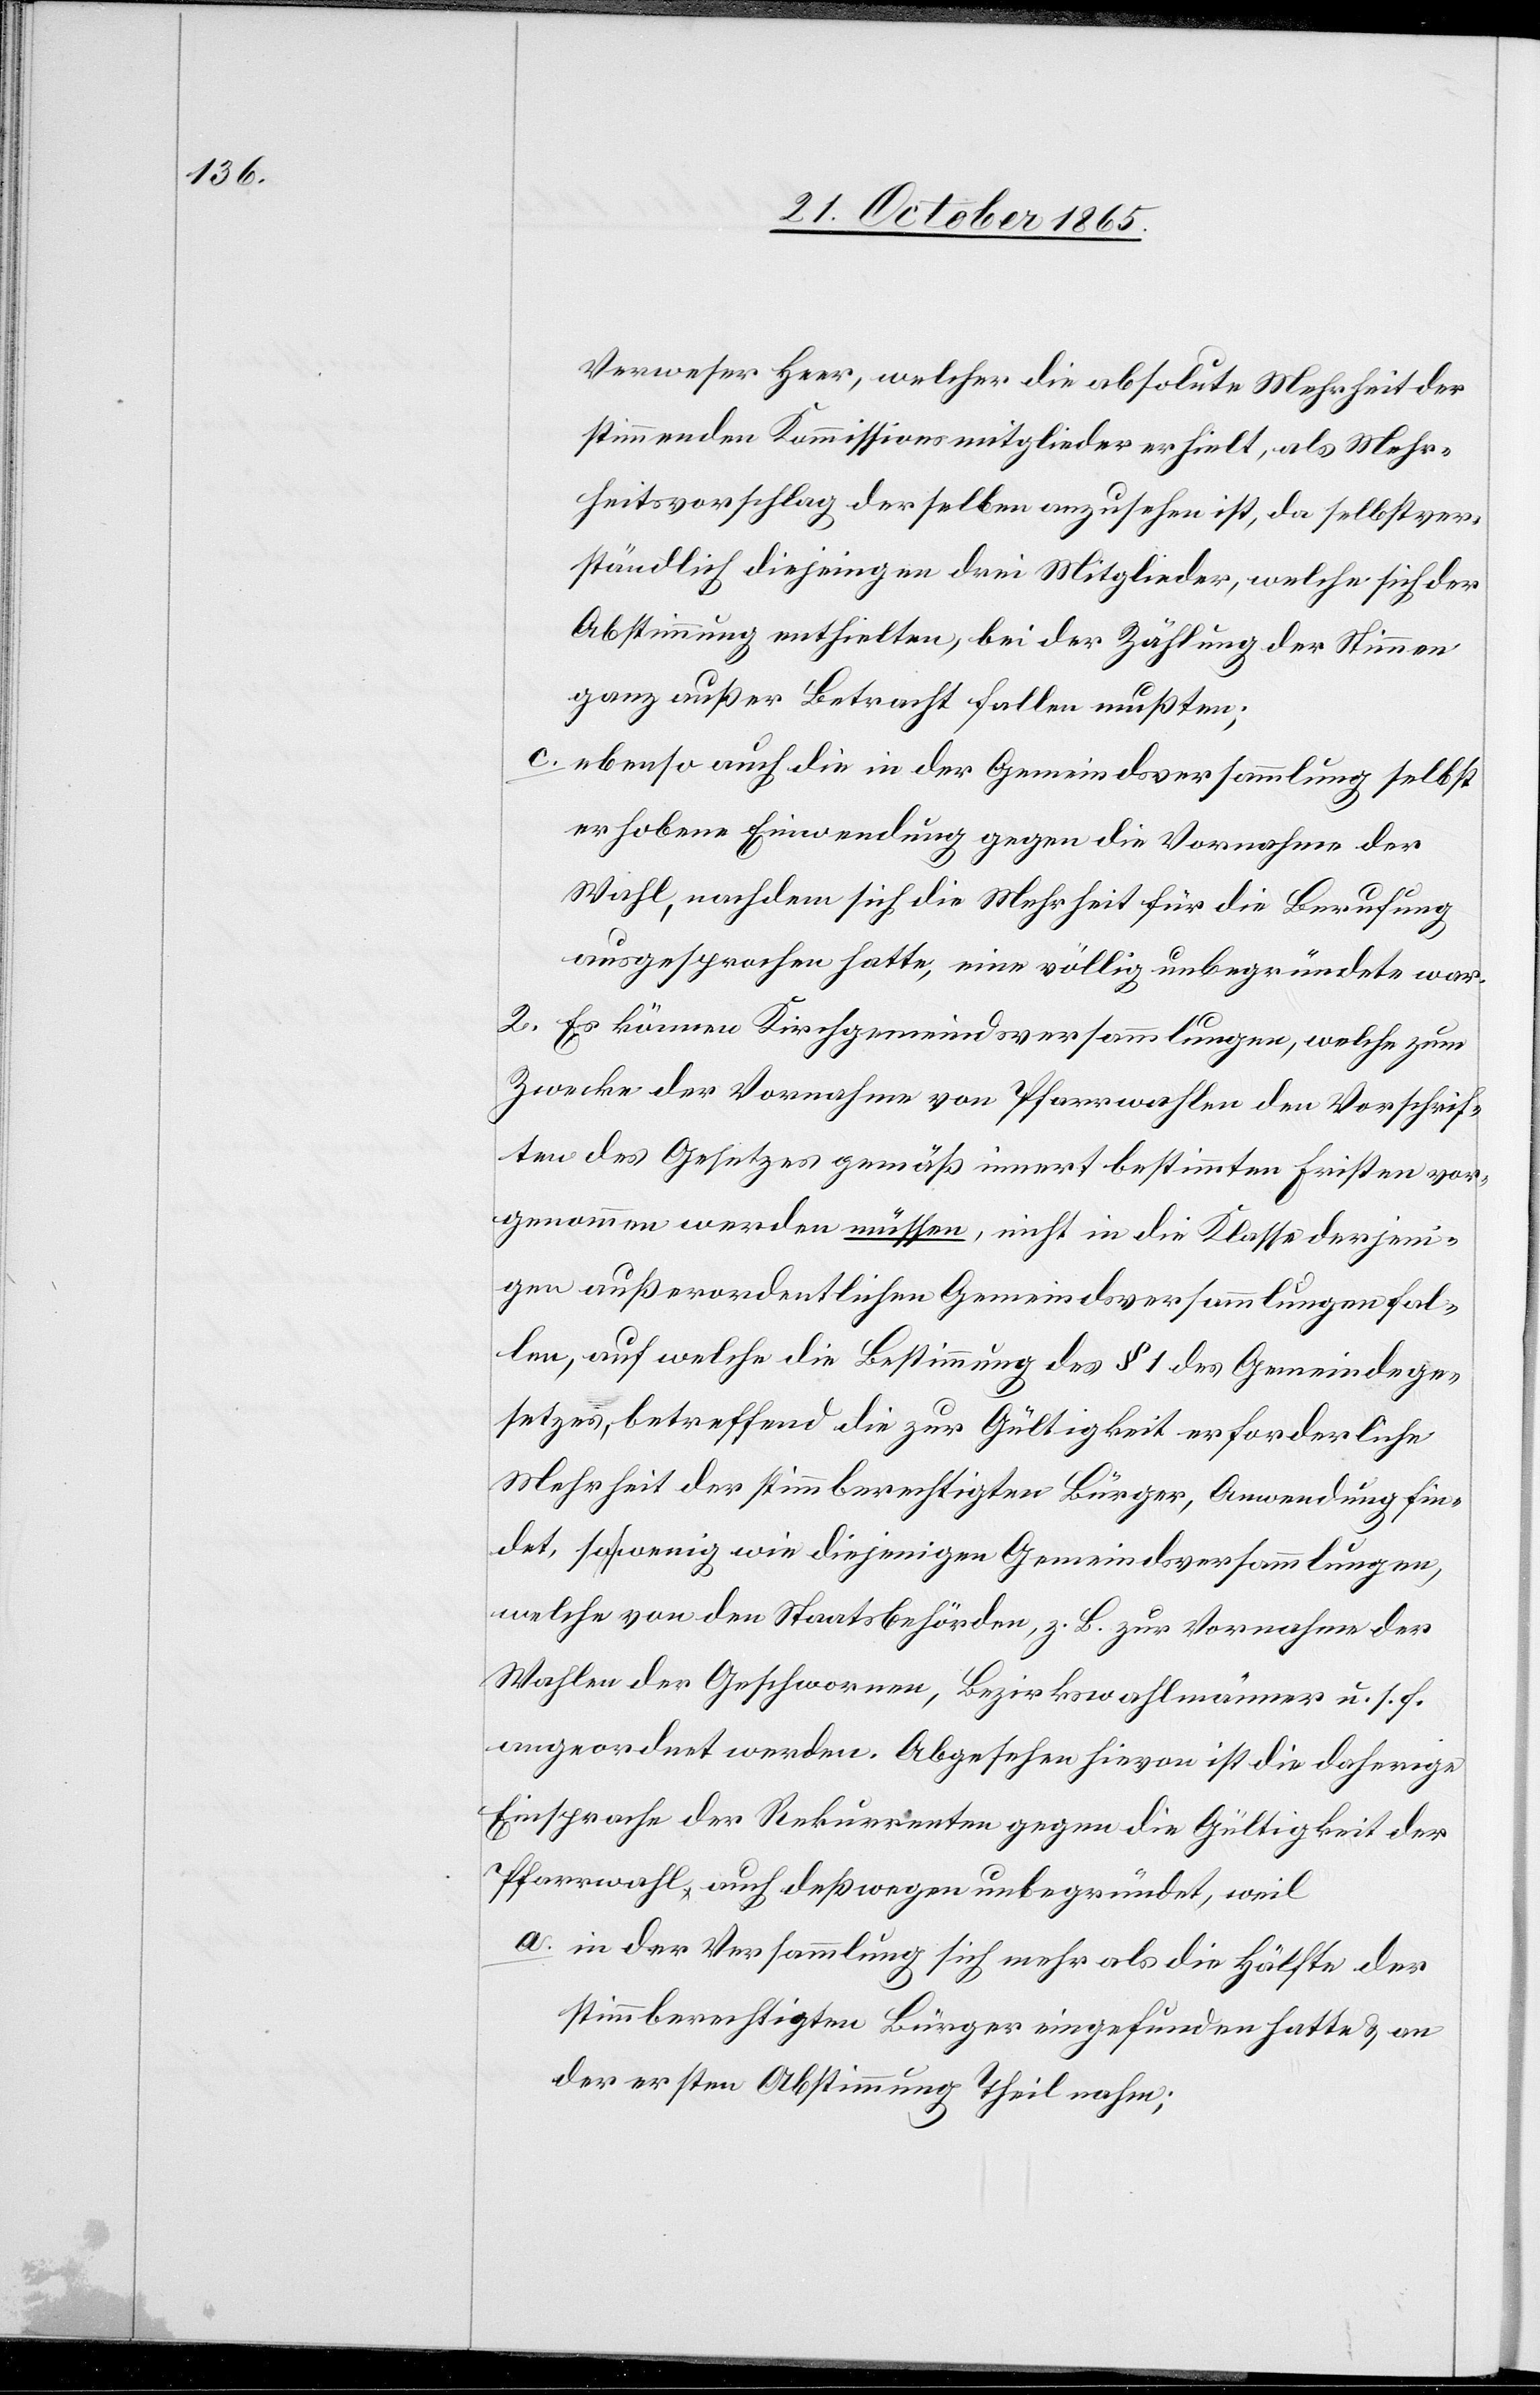
Verweser Heer, welcher die absolute Mehrheit der
stimmenden Kommissionsmitglieder erhielt, als Mehr¬
heitsvorschlag derselben anzusehen ist, da selbstver¬
ständlich diejenigen drei Mitglieder, welche sich der
Abstimmung enthielten, bei der Zählung der Stimmen
ganz außer Betracht fallen mußten;
c. ebenso auch die in der Gemeindsversammlung selbst
erhobene Einwendung gegen die Vornahme der
Wahl, nachdem sich die Mehrheit für die Berufung
ausgesprochen hatte, eine völlig unbegründete war.
2. Es können Kirchgemeindsversammlungen, welche zum
Zwecke der Vornahme von Pfarrwahlen den Vorschrif¬
ten des Gesetzes gemäß innert bestimmten Fristen vor¬
genommen werden müssen, nicht in die Klasse derjeni¬
gen außerordentlichen Gemeindsversammlungen fal¬
len, auf welche die Bestimmung des § 1 des Gemeindege¬
setzes, betreffend die zur Gültigkeit erforderliche
Mehrheit der stimmberechtigten Bürger, Anwendung fin¬
det, so wenig wie diejenigen Gemeindsversammlungen,
welche von den Staatsbehörden, z. B. zur Vornahme der
Wahlen der Geschwornen, Bezirkswahlmänner u. s. f.
angeordnet werden. Abgesehen hievon ist die daherige
Einsprache der Rekurrenten gegen die Gültigkeit der
Pfarrwahl auch deßwegen unbegründet, weil
a. in der Versammlung sich mehr als die Hälfte der
stimmberechtigten Bürger eingefunden hatte & an
der ersten Abstimmung Theil nahm;